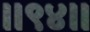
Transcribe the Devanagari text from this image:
।।९४।।